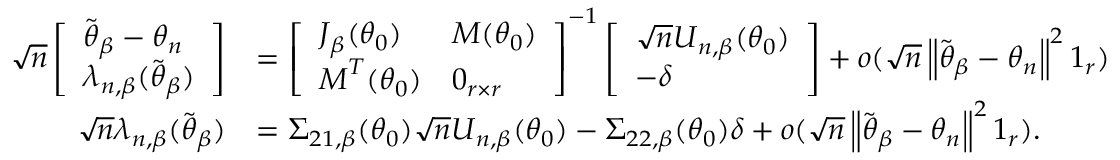
\begin{array} { r l } { \sqrt { n } \left[ \begin{array} { l } { \widetilde { \boldsymbol { \theta } } _ { \beta } - \boldsymbol { \theta } _ { n } } \\ { \boldsymbol { \lambda } _ { n , \beta } ( \widetilde { \boldsymbol { \theta } } _ { \beta } ) } \end{array} \right] } & { = \left[ \begin{array} { l l } { \boldsymbol { J } _ { \beta } ( \boldsymbol { \theta } _ { 0 } ) } & { \boldsymbol { M } ( \boldsymbol { \theta } _ { 0 } ) } \\ { \boldsymbol { M } ^ { T } ( \boldsymbol { \theta } _ { 0 } ) } & { \boldsymbol { 0 } _ { r \times r } } \end{array} \right] ^ { - 1 } \left[ \begin{array} { l } { \sqrt { n } \boldsymbol { U } _ { n , \beta } ( \boldsymbol { \theta } _ { 0 } ) } \\ { - \boldsymbol { \delta } } \end{array} \right] + o ( \sqrt { n } \left\Vert \widetilde { \boldsymbol { \theta } } _ { \beta } - \boldsymbol { \theta } _ { n } \right\Vert ^ { 2 } \boldsymbol { 1 } _ { r } ) } \\ { \sqrt { n } \boldsymbol { \lambda } _ { n , \beta } ( \widetilde { \boldsymbol { \theta } } _ { \beta } ) } & { = \boldsymbol { \Sigma } _ { 2 1 , \beta } ( \boldsymbol { \theta } _ { 0 } ) \sqrt { n } \boldsymbol { U } _ { n , \beta } ( \boldsymbol { \theta } _ { 0 } ) - \boldsymbol { \Sigma } _ { 2 2 , \beta } ( \boldsymbol { \theta } _ { 0 } ) \boldsymbol { \delta } + o ( \sqrt { n } \left\Vert \widetilde { \boldsymbol { \theta } } _ { \beta } - \boldsymbol { \theta } _ { n } \right\Vert ^ { 2 } \boldsymbol { 1 } _ { r } ) . } \end{array}